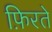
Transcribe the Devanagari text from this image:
फ़िरते